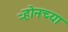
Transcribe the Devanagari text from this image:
ऱ्होनच्या